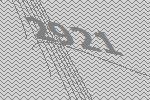
2921